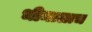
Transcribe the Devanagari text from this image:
भीमालाच